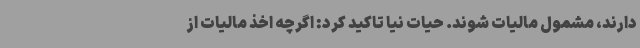
دارند، مشمول مالیات شوند. حیات نیا تاکید کرد: اگرچه اخذ مالیات از